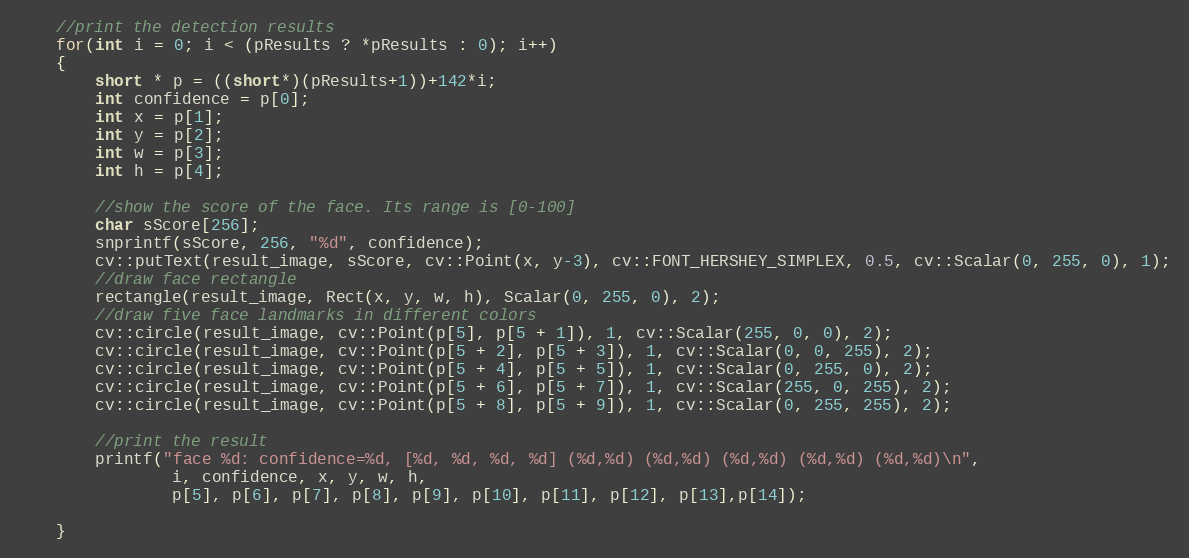
Language: C++
	//print the detection results
	for(int i = 0; i < (pResults ? *pResults : 0); i++)
	{
        short * p = ((short*)(pResults+1))+142*i;
		int confidence = p[0];
		int x = p[1];
		int y = p[2];
		int w = p[3];
		int h = p[4];

        //show the score of the face. Its range is [0-100]
        char sScore[256];
        snprintf(sScore, 256, "%d", confidence);
        cv::putText(result_image, sScore, cv::Point(x, y-3), cv::FONT_HERSHEY_SIMPLEX, 0.5, cv::Scalar(0, 255, 0), 1);
        //draw face rectangle
		rectangle(result_image, Rect(x, y, w, h), Scalar(0, 255, 0), 2);
        //draw five face landmarks in different colors
        cv::circle(result_image, cv::Point(p[5], p[5 + 1]), 1, cv::Scalar(255, 0, 0), 2);
        cv::circle(result_image, cv::Point(p[5 + 2], p[5 + 3]), 1, cv::Scalar(0, 0, 255), 2);
        cv::circle(result_image, cv::Point(p[5 + 4], p[5 + 5]), 1, cv::Scalar(0, 255, 0), 2);
        cv::circle(result_image, cv::Point(p[5 + 6], p[5 + 7]), 1, cv::Scalar(255, 0, 255), 2);
        cv::circle(result_image, cv::Point(p[5 + 8], p[5 + 9]), 1, cv::Scalar(0, 255, 255), 2);

        //print the result
        printf("face %d: confidence=%d, [%d, %d, %d, %d] (%d,%d) (%d,%d) (%d,%d) (%d,%d) (%d,%d)\n",
                i, confidence, x, y, w, h,
                p[5], p[6], p[7], p[8], p[9], p[10], p[11], p[12], p[13],p[14]);

	}